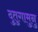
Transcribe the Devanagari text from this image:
दुतुगामुनु